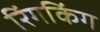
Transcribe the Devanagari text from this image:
रिंगकिंग